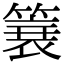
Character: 簔